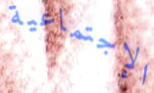
الإجتماعية